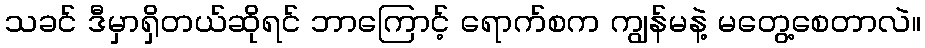
သခင် ဒီမှာရှိတယ်ဆိုရင် ဘာကြောင့် ရောက်စက ကျွန်မနဲ့ မတွေ့စေတာလဲ။